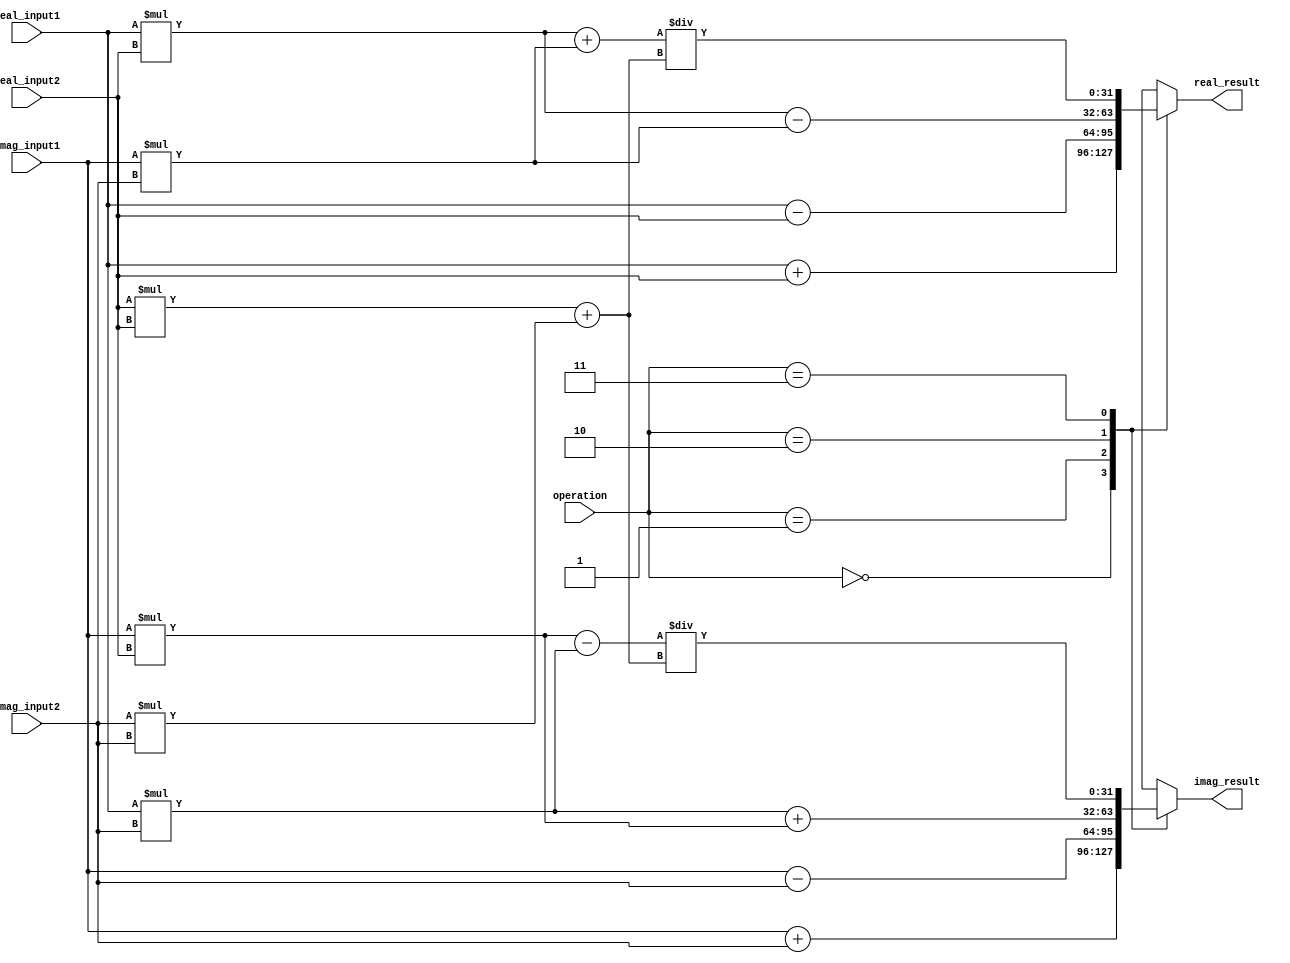
module ComplexALU (
    input signed [31:0] real_input1, 
    input signed [31:0] imag_input1, 
    input signed [31:0] real_input2, 
    input signed [31:0] imag_input2, 
    input [1:0] operation, 
    output reg signed [31:0] real_result, 
    output reg signed [31:0] imag_result
);

reg signed [31:0] real_temp;
reg signed [31:0] imag_temp;

always @ (*) begin
    case(operation)
        2'b00: begin // addition
            real_temp = real_input1 + real_input2;
            imag_temp = imag_input1 + imag_input2;
        end
        2'b01: begin // subtraction
            real_temp = real_input1 - real_input2;
            imag_temp = imag_input1 - imag_input2;
        end
        2'b10: begin // multiplication
            real_temp = (real_input1 * real_input2) - (imag_input1 * imag_input2);
            imag_temp = (real_input1 * imag_input2) + (imag_input1 * real_input2);
        end
        2'b11: begin // division
            real_temp = ((real_input1 * real_input2) + (imag_input1 * imag_input2)) / ((real_input2 * real_input2) + (imag_input2 * imag_input2));
            imag_temp = ((real_input2 * imag_input1) - (real_input1 * imag_input2)) / ((real_input2 * real_input2) + (imag_input2 * imag_input2));
        end
    endcase
end

// Additional features can be implemented here

// Assigning final results
always @ (*) begin
    real_result = real_temp;
    imag_result = imag_temp;
end

endmodule